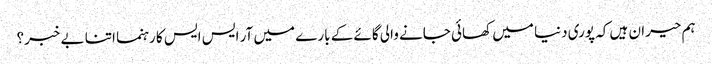
ہم حیران ہیں کہ پوری دنیا میں کھائی جانے والی گائے کے بارے میں آر ایس ایس کا رہنما اتنا بے خبر؟